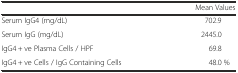
|  | Mean Values |
 | --- | --- |
 | Serum IgG4 (mg/dL) | 702.9 |
 | Serum IgG (mg/dL) | 2445.0 |
 | IgG4 + ve Plasma Cells / HPF | 69.8 |
 | IgG4 + ve Cells / IgG Containing Cells | 48.0 % |